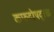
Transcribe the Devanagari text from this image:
कफदोषदूरक